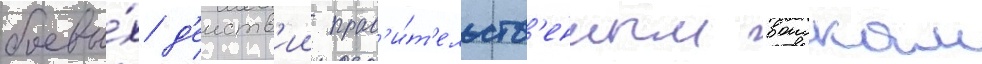
боевы́х д'еиств'ии прав'и́т'ельств'енным воискам